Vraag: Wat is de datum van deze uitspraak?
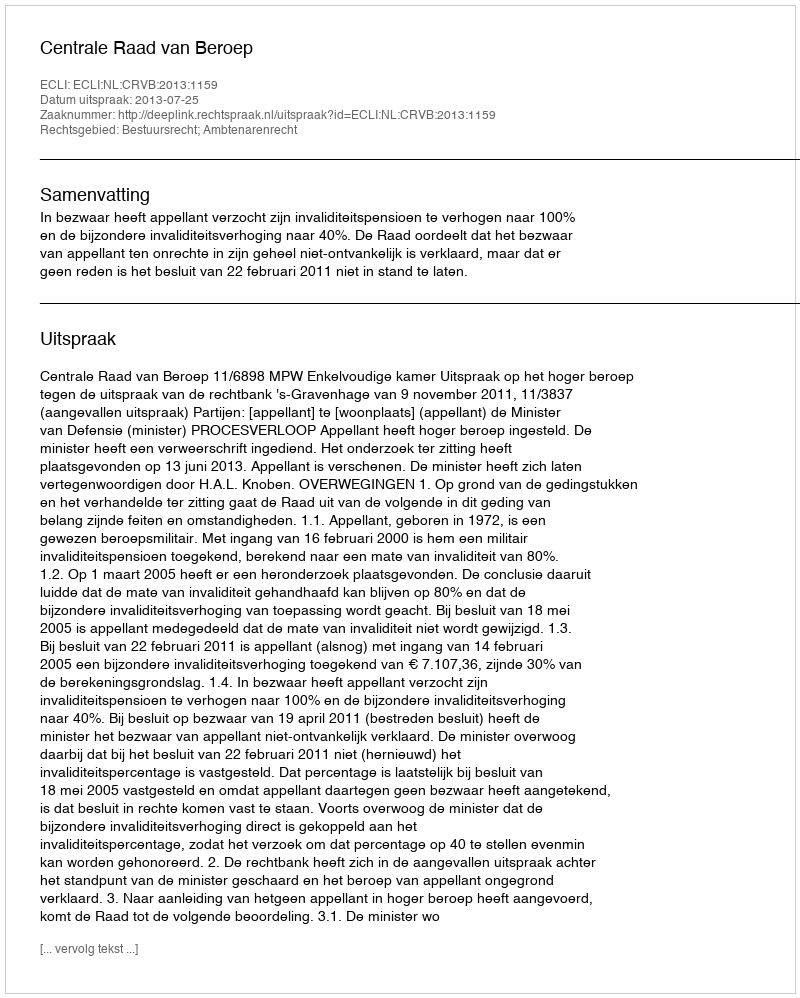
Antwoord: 2013-07-25